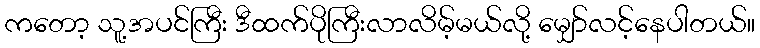
ကတော့ သူ့အပင်ကြီး ဒီထက်ပိုကြီးလာလိမ့်မယ်လို့ မျှော်လင့်နေပါတယ်။